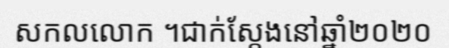
សកលលោក ។ជាក់ស្តែងនៅឆ្នាំ២០២០